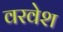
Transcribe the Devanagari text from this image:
वरवेश